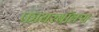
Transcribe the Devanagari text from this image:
फायरबॉक्स